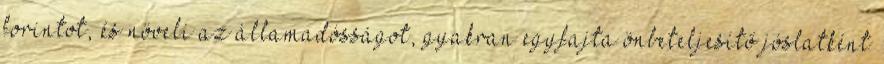
forintot, és növeli az államadósságot, gyakran egyfajta önbeteljesítő jóslatként